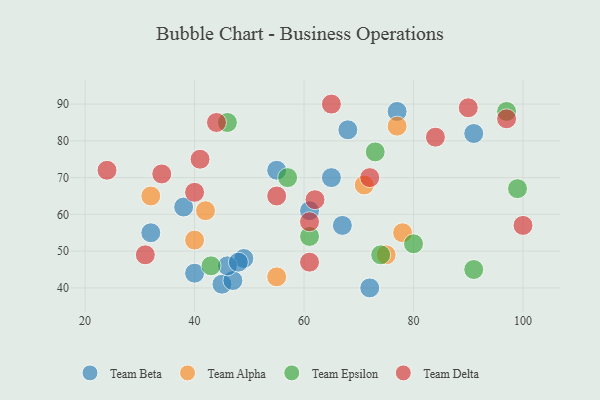
{"axis": {"x": "GDP", "y": "Life Expectancy"}, "legend": ["Team Alpha", "Team Beta", "Team Delta", "Team Epsilon"], "data": [{"x": "55", "y": 72, "type": "Team Beta"}, {"x": "61", "y": 61, "type": "Team Beta"}, {"x": "65", "y": 70, "type": "Team Beta"}, {"x": "40", "y": 44, "type": "Team Beta"}, {"x": "72", "y": 40, "type": "Team Beta"}, {"x": "38", "y": 62, "type": "Team Beta"}, {"x": "68", "y": 83, "type": "Team Beta"}, {"x": "49", "y": 48, "type": "Team Beta"}, {"x": "67", "y": 57, "type": "Team Beta"}, {"x": "45", "y": 41, "type": "Team Beta"}, {"x": "47", "y": 42, "type": "Team Beta"}, {"x": "77", "y": 88, "type": "Team Beta"}, {"x": "91", "y": 82, "type": "Team Beta"}, {"x": "46", "y": 46, "type": "Team Beta"}, {"x": "48", "y": 47, "type": "Team Beta"}, {"x": "32", "y": 55, "type": "Team Beta"}, {"x": "32", "y": 65, "type": "Team Alpha"}, {"x": "78", "y": 55, "type": "Team Alpha"}, {"x": "42", "y": 61, "type": "Team Alpha"}, {"x": "40", "y": 53, "type": "Team Alpha"}, {"x": "75", "y": 49, "type": "Team Alpha"}, {"x": "77", "y": 84, "type": "Team Alpha"}, {"x": "71", "y": 68, "type": "Team Alpha"}, {"x": "55", "y": 43, "type": "Team Alpha"}, {"x": "46", "y": 85, "type": "Team Epsilon"}, {"x": "99", "y": 67, "type": "Team Epsilon"}, {"x": "91", "y": 45, "type": "Team Epsilon"}, {"x": "57", "y": 70, "type": "Team Epsilon"}, {"x": "97", "y": 88, "type": "Team Epsilon"}, {"x": "80", "y": 52, "type": "Team Epsilon"}, {"x": "73", "y": 77, "type": "Team Epsilon"}, {"x": "74", "y": 49, "type": "Team Epsilon"}, {"x": "61", "y": 54, "type": "Team Epsilon"}, {"x": "43", "y": 46, "type": "Team Epsilon"}, {"x": "55", "y": 65, "type": "Team Delta"}, {"x": "24", "y": 72, "type": "Team Delta"}, {"x": "31", "y": 49, "type": "Team Delta"}, {"x": "84", "y": 81, "type": "Team Delta"}, {"x": "44", "y": 85, "type": "Team Delta"}, {"x": "34", "y": 71, "type": "Team Delta"}, {"x": "61", "y": 58, "type": "Team Delta"}, {"x": "62", "y": 64, "type": "Team Delta"}, {"x": "97", "y": 86, "type": "Team Delta"}, {"x": "65", "y": 90, "type": "Team Delta"}, {"x": "72", "y": 70, "type": "Team Delta"}, {"x": "100", "y": 57, "type": "Team Delta"}, {"x": "41", "y": 75, "type": "Team Delta"}, {"x": "40", "y": 66, "type": "Team Delta"}, {"x": "61", "y": 47, "type": "Team Delta"}, {"x": "90", "y": 89, "type": "Team Delta"}]}